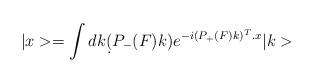
LaTeX: \begin{align*}|x>=\int dk \d(P_-(F)k)e^{-i(P_+(F)k)^T.x}|k>\end{align*}